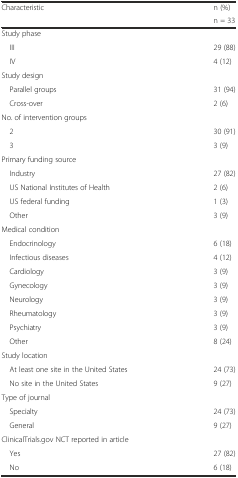
<table><thead><tr><td rowspan="2"><b>Characteristic</b></td><td><b>n (%)</b></td></tr><tr><td><b>n = 33</b></td></tr></thead><tbody><tr><td colspan="2">Study phase</td></tr><tr><td> III</td><td>29 (88)</td></tr><tr><td> IV</td><td>4 (12)</td></tr><tr><td colspan="2">Study design</td></tr><tr><td> Parallel groups</td><td>31 (94)</td></tr><tr><td> Cross-over</td><td>2 (6)</td></tr><tr><td colspan="2">No. of intervention groups</td></tr><tr><td> 2</td><td>30 (91)</td></tr><tr><td> 3</td><td>3 (9)</td></tr><tr><td colspan="2">Primary funding source</td></tr><tr><td> Industry</td><td>27 (82)</td></tr><tr><td> US National Institutes of Health</td><td>2 (6)</td></tr><tr><td> US federal funding</td><td>1 (3)</td></tr><tr><td> Other</td><td>3 (9)</td></tr><tr><td colspan="2">Medical condition</td></tr><tr><td> Endocrinology</td><td>6 (18)</td></tr><tr><td> Infectious diseases</td><td>4 (12)</td></tr><tr><td> Cardiology</td><td>3 (9)</td></tr><tr><td> Gynecology</td><td>3 (9)</td></tr><tr><td> Neurology</td><td>3 (9)</td></tr><tr><td> Rheumatology</td><td>3 (9)</td></tr><tr><td> Psychiatry</td><td>3 (9)</td></tr><tr><td> Other</td><td>8 (24)</td></tr><tr><td colspan="2">Study location</td></tr><tr><td> At least one site in the United States</td><td>24 (73)</td></tr><tr><td> No site in the United States</td><td>9 (27)</td></tr><tr><td colspan="2">Type of journal</td></tr><tr><td> Specialty</td><td>24 (73)</td></tr><tr><td> General</td><td>9 (27)</td></tr><tr><td colspan="2">ClinicalTrials.gov NCT reported in article</td></tr><tr><td> Yes</td><td>27 (82)</td></tr><tr><td> No</td><td>6 (18)</td></tr></tbody></table>